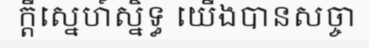
ក្តីស្នេហ៍ស្និទ្ធ យើងបានសច្ចា